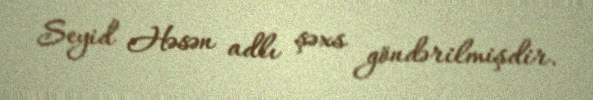
Seyid Həsən adlı şəxs göndərilmişdir.